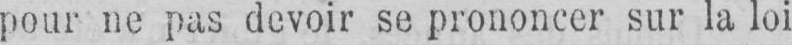
pour ne pas devoir se prononcer sur la loi